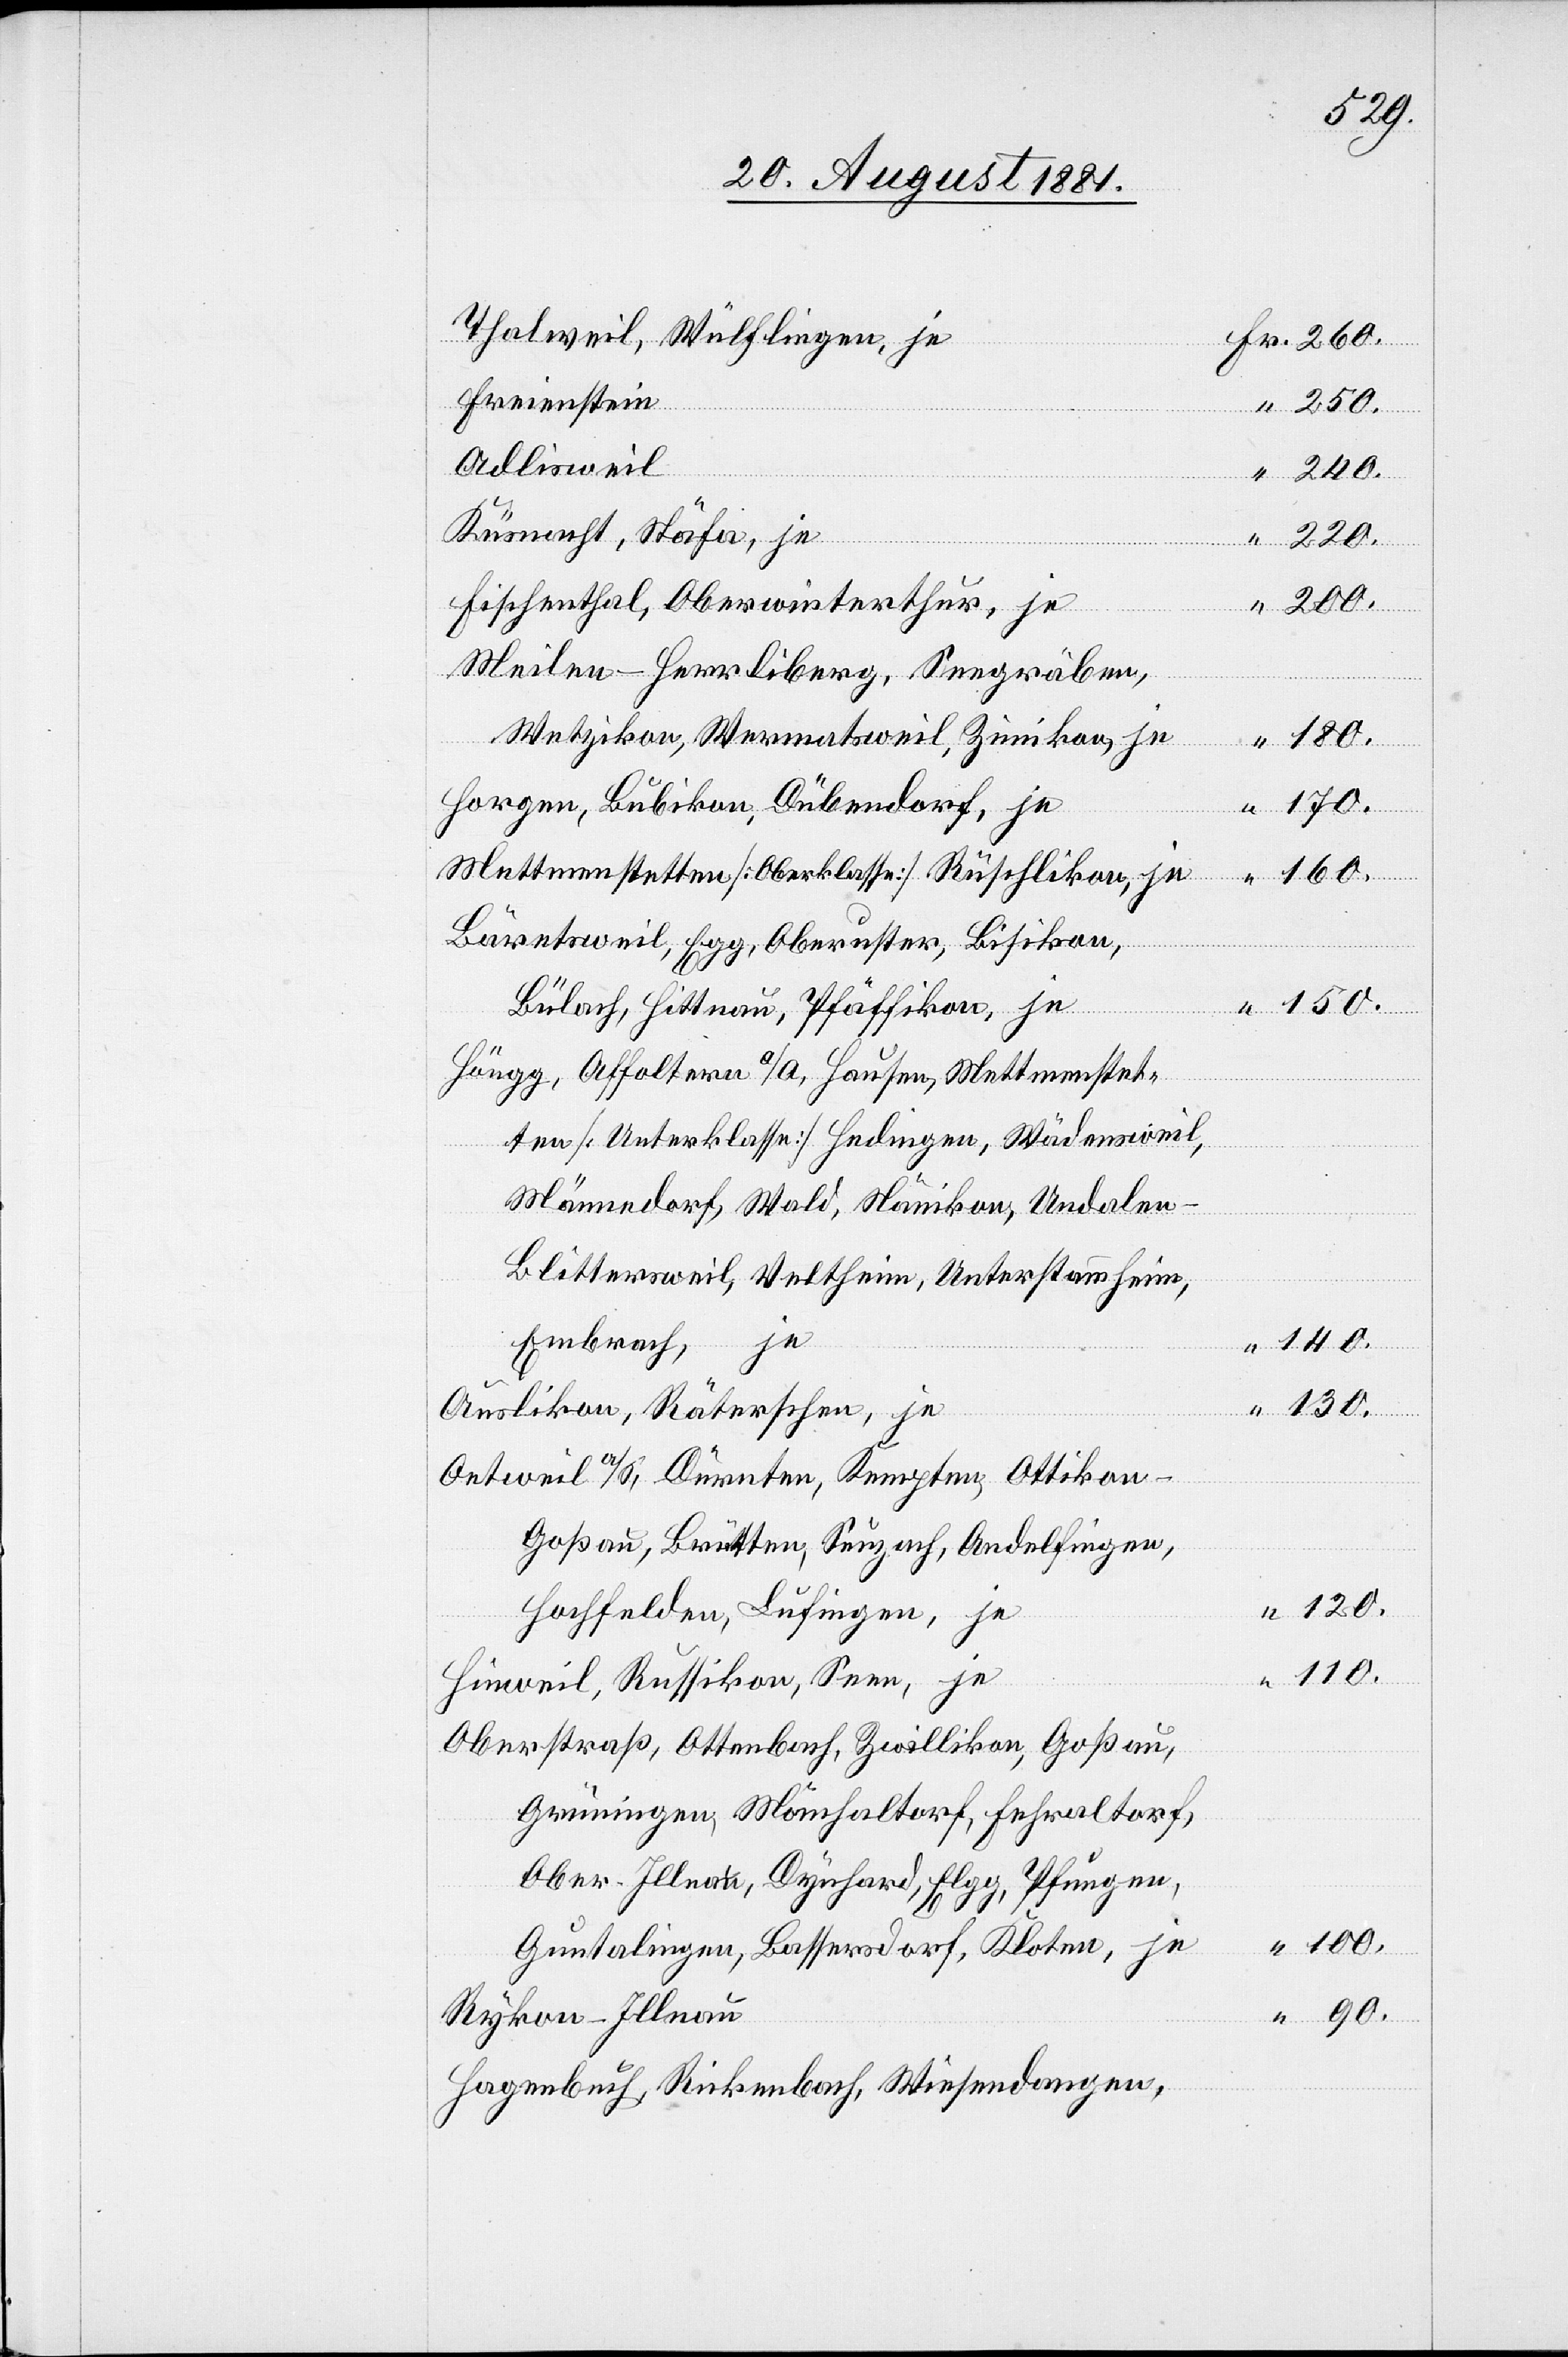
Thalweil, Wülflingen, je
Freienstein
250.
Adlisweil
240.
Küsnacht, Stäfa, je
”
220.
Meilen - Herrliberg, Seegräben,
Wetzikon, Wermatsweil, Zimikon, je
Fr.
150.
Horgen, Bubikon, Dübendorf, je
170.
Mettmenstetten [Oberklasse][,] Rüschlikon, je
Bäretsweil, Egg, Oberuster, Bisikon,
Bülach, Hittnau, Pfäffikon, je
Höngg, Affoltern a/a, Hausen, Mettmenstet¬
ten [Unterklasse][,] Hedingen, Wädensweil,
Männedorf, Wald, Nänikon, Undalen
Blittersweil, Veltheim, Unterstammheim,
Embrach, je
140.
Auslikon, Räterschen, je
130.
Oetweil a/S, Dürnten, Kempten, Ottikon -
Goßau, Brütten, Seuzach, Andelfingen,
Hochfelden, Lufingen, je
110.
Hinweil. Russikon, Seen, je
Oberstraß, Ottenbach, Zwillikon, Goßau,
Grüningen, Mönchaltorf, Fehraltorf,
Ober-Illnau, Dynhard, Elgg, Pfungen,
100.
Guntalingen, Bassersdorf, Kloten, je
Rykon - Illnau
Hagenbuch, Rickenbach, Wiesendangen,